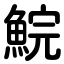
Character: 鯇